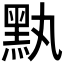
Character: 𪐟